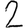
Digit: 2